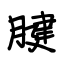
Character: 腱